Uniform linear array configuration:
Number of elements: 48
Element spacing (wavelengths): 1
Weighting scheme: binomial
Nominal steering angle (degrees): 45
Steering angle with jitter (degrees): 45.545
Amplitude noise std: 0.05
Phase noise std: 0.05

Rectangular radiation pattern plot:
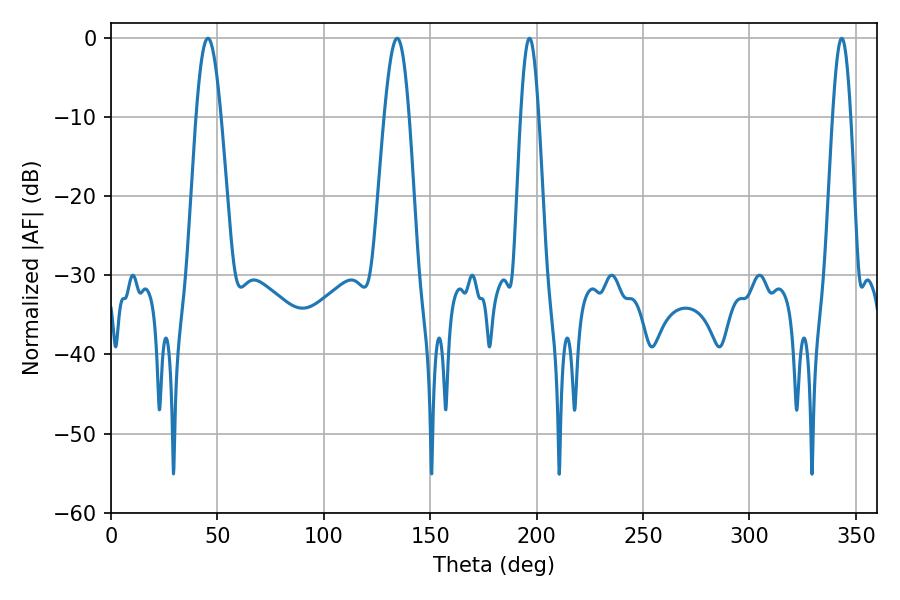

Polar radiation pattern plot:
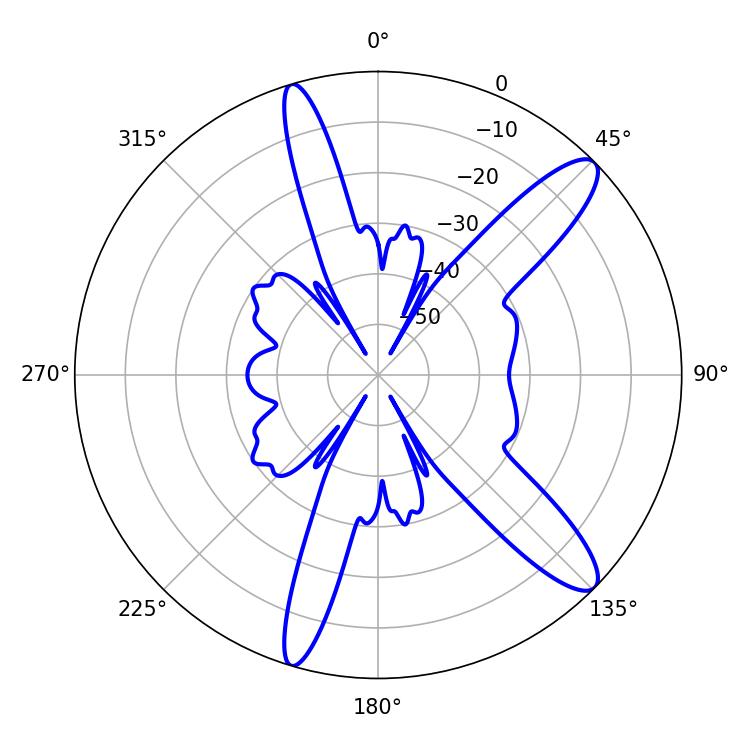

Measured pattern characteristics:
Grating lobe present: TRUE
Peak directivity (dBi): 12.148
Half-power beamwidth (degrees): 6.3
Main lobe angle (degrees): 45.54